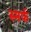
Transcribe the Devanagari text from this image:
स्मर्फ